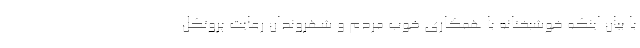
با بیان اینکه خوشبختانه با همکاری خوب مردم و شهروندان رعایت پروتکل